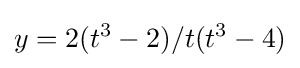
y=2(t^{3}-2)/t(t^{3}-4)